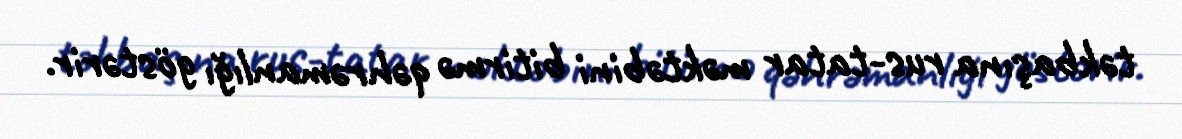
təkbaşına rus-tatar məktəbini bitirmə qəhrəmanlığı göstərir.